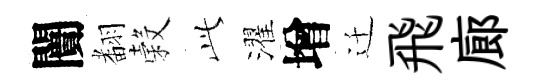
闠𮋒穀𬼘濯增迁飛廊